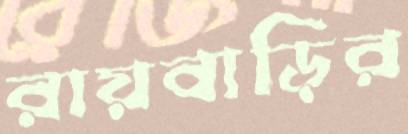
রায়বাড়ির